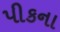
પીકના